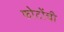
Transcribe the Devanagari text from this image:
फोटोंची